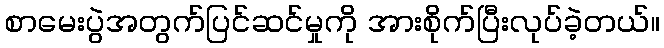
စာမေးပွဲအတွက်ပြင်ဆင်မှုကို အားစိုက်ပြီးလုပ်ခဲ့တယ်။